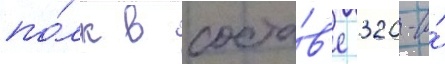
по́лк в соста́в'е 320-и́